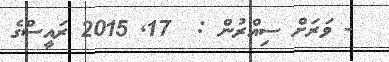
- ވަރަށް ސިއްރުން :  17